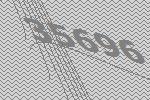
35696